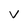
Character: v